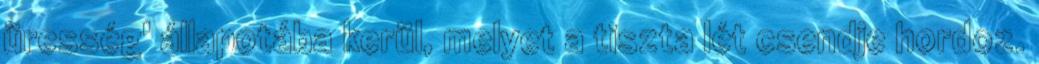
üresség' állapotába kerül, melyet a tiszta lét csendje hordoz.